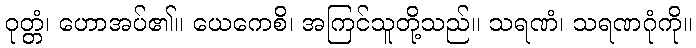
ဝုတ္တံ၊ ဟောအပ်၏။ ယေကေစိ၊ အကြင်သူတို့သည်။ သရဏံ၊ သရဏဂုံကို။